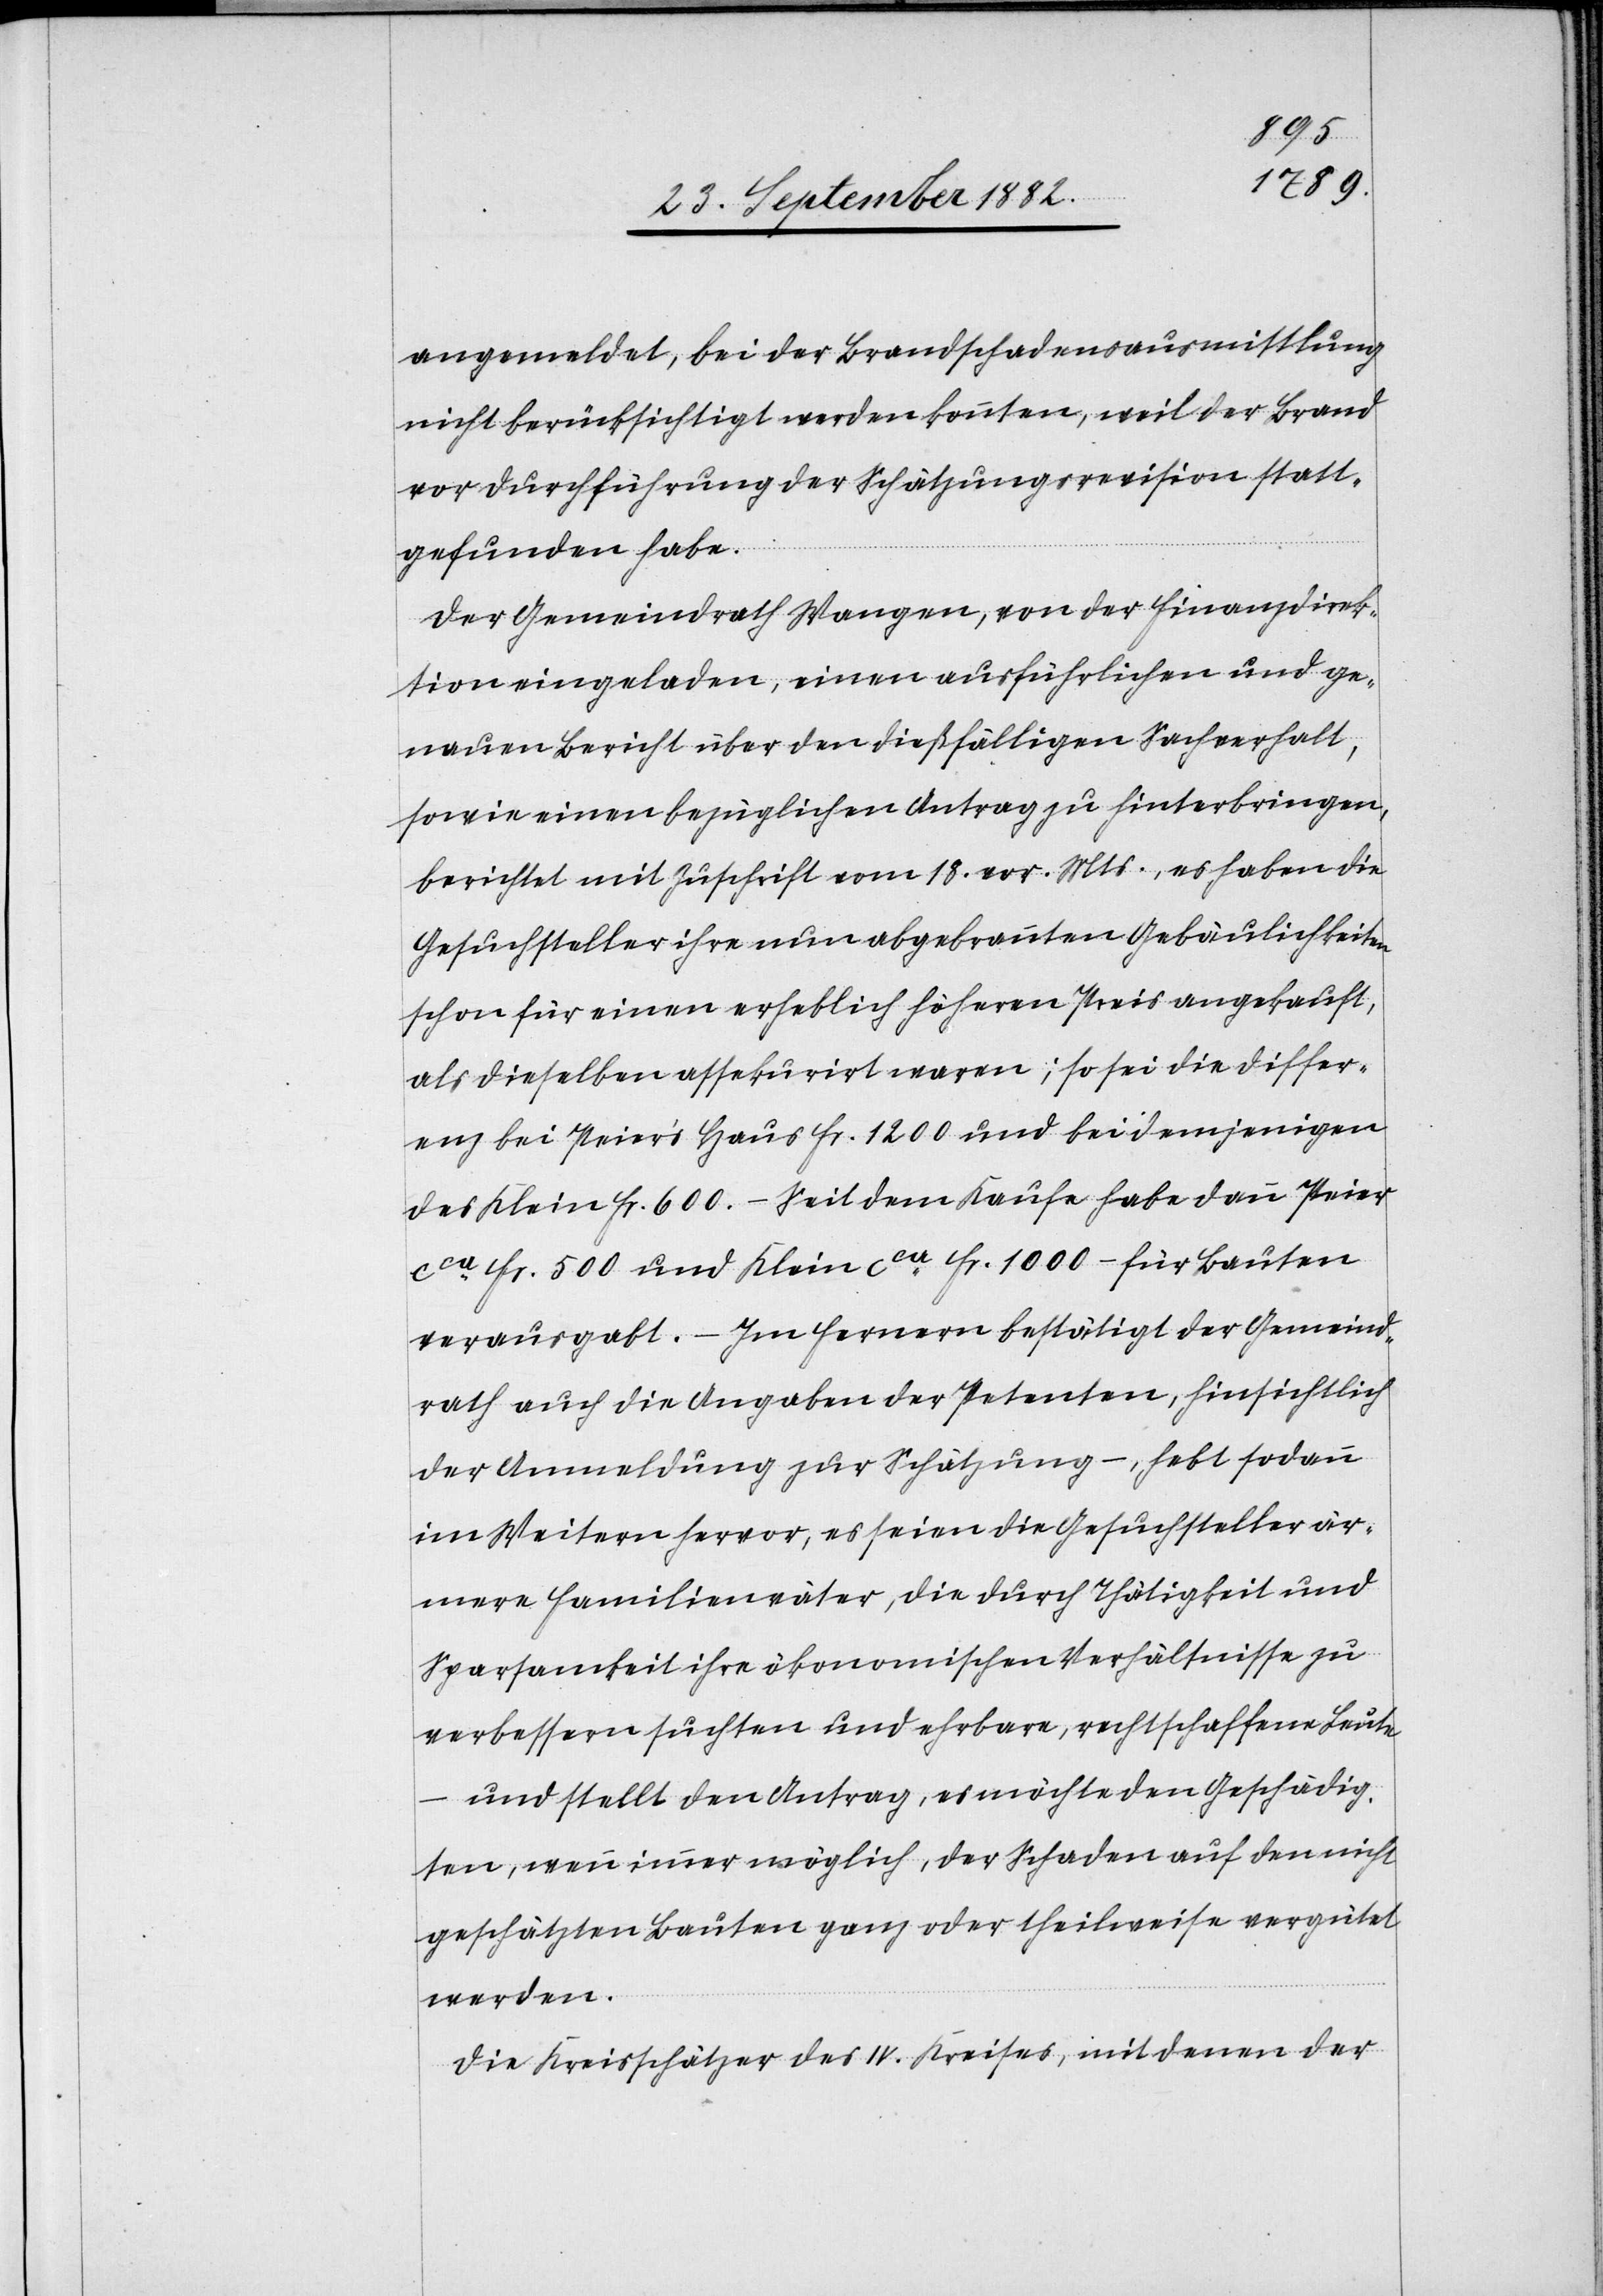
angemeldet, bei der Brandschadenausmittlung
nicht berücksichtigt werden konnten, weil der Brand
vor Durchführung der Schätzungsrevision statt¬
gefunden habe.
Der Gemeindrath Wangen, von der Finanzdirek¬
tion eingeladen, einen ausführlichen und ge¬
nauen Bericht über den dießfälligen Sachverhalt,
sowie einen bezüglichen Antrag zu hinterbringen,
berichtet mit Zuschrift vom 18. vor. Mts., es haben die
Gesuchsteller ihre nun abgebrannten Gebäulichkeiten
schon für einen erheblich höheren Preis angekauft,
als dieselben assekurirt waren; so sei die Differ¬
enz bei Peier’s Haus Fr. 1200 und bei demjenigen
des Klein Fr. 600.–. Seit dem Kaufe habe dann Peier
ca Fr. 500 und Klein ca Fr. 1000.– für Bauten
verausgabt. – Im Fernern bestätigt der Gemeind¬
rath auch die Angaben der Petenten, hinsichtlich
der Anmeldung zur Schätzung –, hebt sodann
im Weitern hervor, es seien die Gesuchsteller är¬
mere Familienväter, die durch Thätigkeit und
Sparsamkeit ihre ökonomischen Verhältnisse zu
verbessern suchten und ehrbare, rechtschaffen Leute
und stellt den Antrag, es möchte den Geschädig¬
ten, wenn immer möglich, der Schaden auf den nicht
geschätzten Bauten ganz oder theilweise vergütet
werden.
Die Kreisschätzer des IV. Kreises, mit denen der